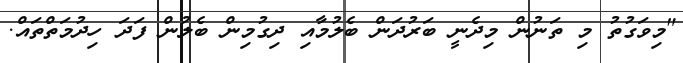
"މިވަގުތު މި ތަނުން މިދެނީ ބަރުދަން ބެލުމާއި ދިގުމިން ބެލުން ފަދަ ހިދުމަތްތައް.